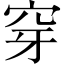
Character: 穿